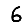
Digit: 6